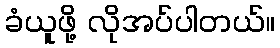
ခံယူဖို့ လိုအပ်ပါတယ်။